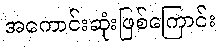
အကောင်းဆုံးဖြစ်ကြောင်း